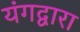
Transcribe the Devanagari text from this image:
यंगद्वारा